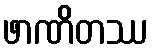
ဖာဏိတဿ